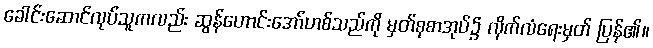
ခေါင်းဆောင်လုပ်သူကလည်း ဆွန်ဟောင်းအော်ဟစ်သည်ကို မှတ်စုစာအုပ်၌ လိုက်လံရေးမှတ် ပြန်၏။